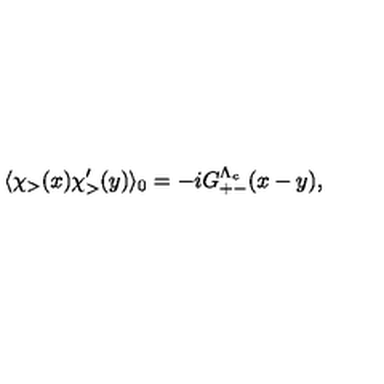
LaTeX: \langle \chi _ { > } ( x ) \chi _ { > } ^ { \prime } ( y ) \rangle _ { 0 } = - i G _ { + - } ^ { \Lambda _ { c } } ( x - y ) ,